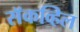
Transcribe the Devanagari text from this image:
सॅकव्हिल